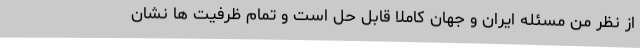
از نظر من مسئله ایران و جهان کاملا قابل حل است و تمام ظرفیت ها نشان